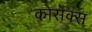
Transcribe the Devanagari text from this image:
कोसेक्स